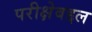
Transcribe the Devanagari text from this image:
परीक्षेबद्दल